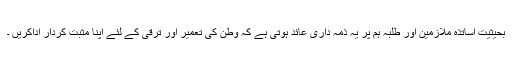
بحیثیت اساتذہ ملازمین اور طلبہ ہم پر یہ ذمہ داری عائد ہوتی ہے کہ وطن کی تعمیر اور ترقی کے لئے اپنا مثبت کردار اداکریں ۔